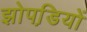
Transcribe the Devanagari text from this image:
झोपडि़यों